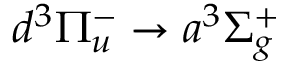
d ^ { 3 } \Pi _ { u } ^ { - } \xrightarrow { } a ^ { 3 } \Sigma _ { g } ^ { + }